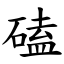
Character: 磕